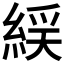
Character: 𫃭